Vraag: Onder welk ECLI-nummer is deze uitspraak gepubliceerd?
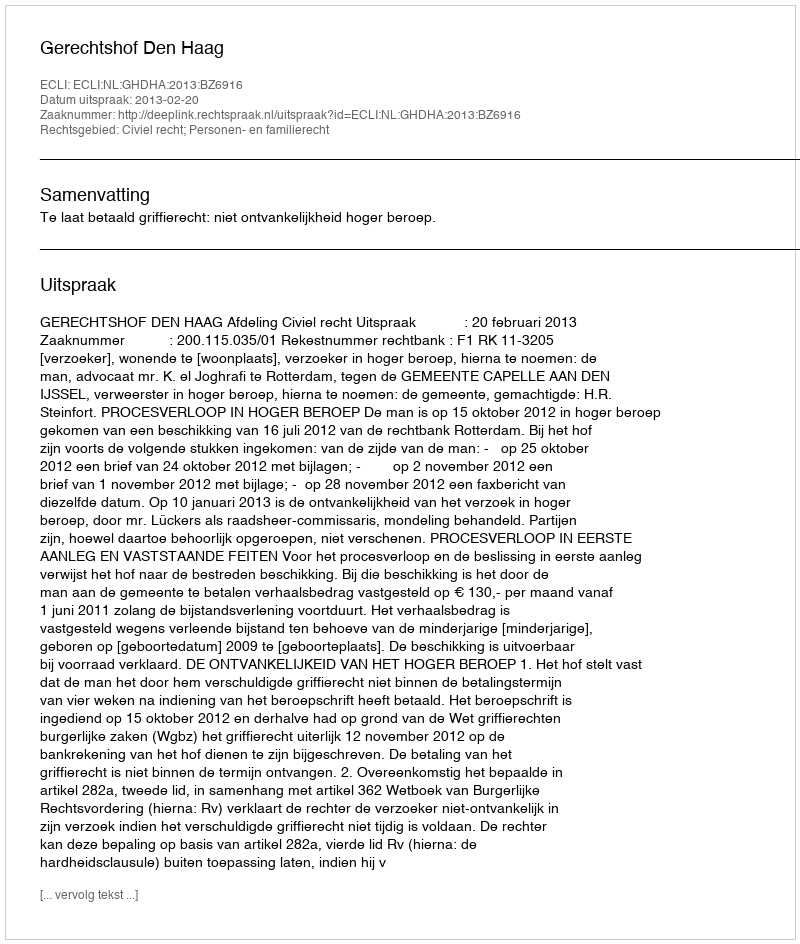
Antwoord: ECLI:NL:GHDHA:2013:BZ6916